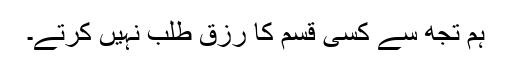
ہم تجھ سے کسی قسم کا رزق طلب نہیں کرتے۔